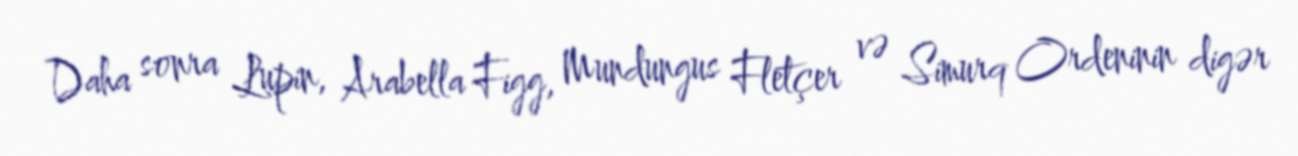
Daha sonra Lupin, Arabella Figg, Mundungus Fletçer və Simurq Ordeninin digər